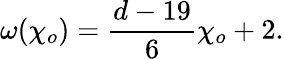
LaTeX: \omega({\chi_{o}})={\frac{d-19}{6}}{\chi_{o}}+2.